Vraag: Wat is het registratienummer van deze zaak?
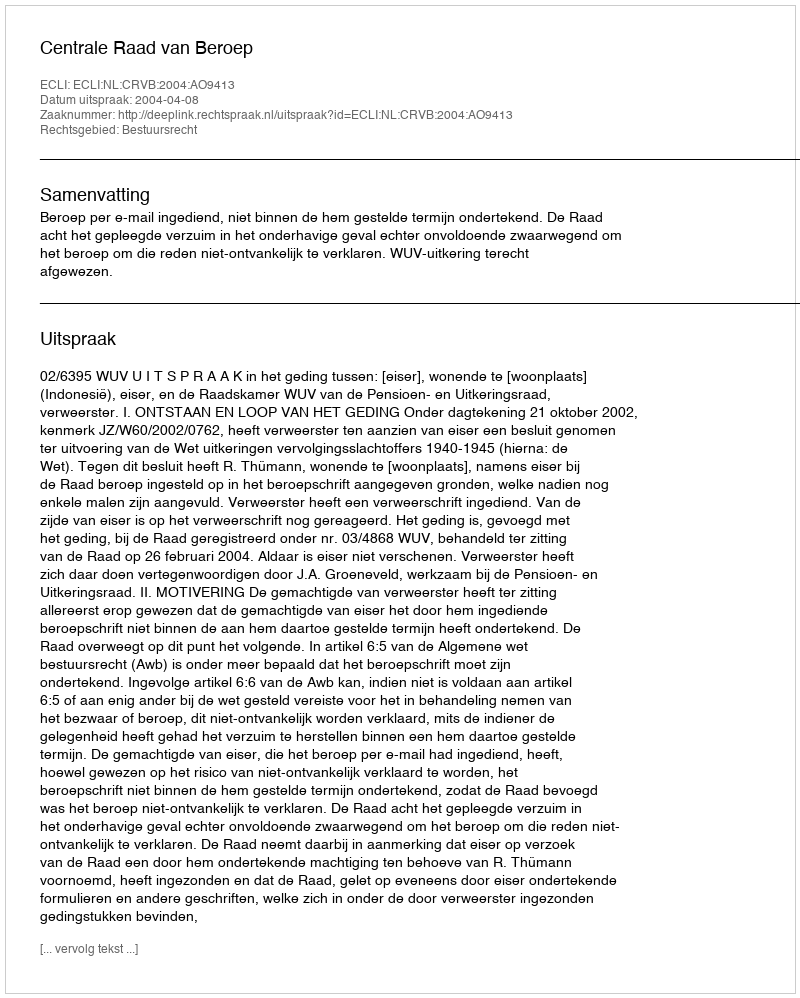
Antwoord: http://deeplink.rechtspraak.nl/uitspraak?id=ECLI:NL:CRVB:2004:AO9413